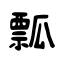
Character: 瓢